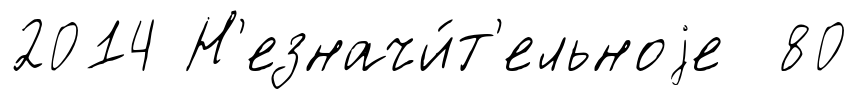
2014 Н'езначи́т'ельноjе 80